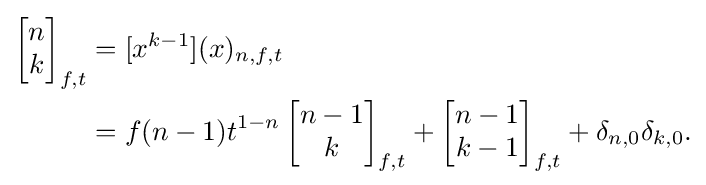
{\begin{aligned}\left[{\begin{matrix}n\\k\end{matrix}}\right]_{f,t}&=[x^{k-1}](x)_{n,f,t}\\&=f(n-1)t^{1-n}\left[{\begin{matrix}n-1\\k\end{matrix}}\right]_{f,t}+\left[{\begin{matrix}n-1\\k-1\end{matrix}}\right]_{f,t}+\delta _{n,0}\delta _{k,0}.\end{aligned}}